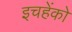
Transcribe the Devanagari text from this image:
इचहेंको